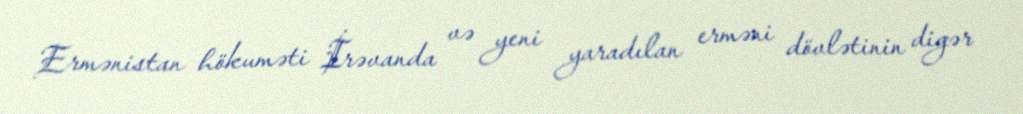
Ermənistan hökuməti İrəvanda və yeni yaradılan erməni dövlətinin digər